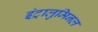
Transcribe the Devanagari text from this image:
इंट्रालुमिनल